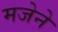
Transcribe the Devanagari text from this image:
मजेने